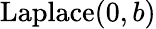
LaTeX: {\textrm{Laplace}}(0,b)